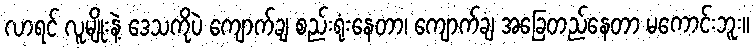
လာရင် လူမျိုးနဲ့ ဒေသကိုပဲ ကျောက်ချ စည်းရုံးနေတာ၊ ကျောက်ချ အခြေတည်နေတာ မကောင်းဘူး။